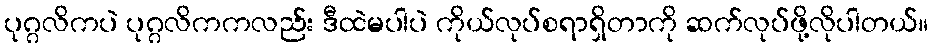
ပုဂ္ဂလိကပဲ ပုဂ္ဂလိကကလည်း ဒီထဲမပါပဲ ကိုယ်လုပ်စရာရှိတာကို ဆက်လုပ်ဖို့လိုပါတယ်။